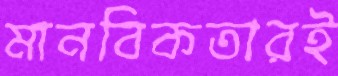
মানবিকতারই